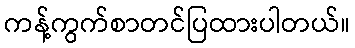
ကန့်ကွက်စာတင်ပြထားပါတယ်။